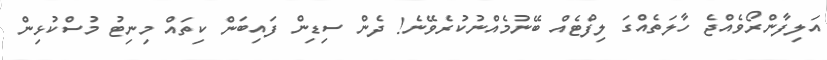
އަލިފާންރޯވެއްޖެ ހާލަތެއްގަ ލިފްޓެއް ބޭނުމެއްނުކުރެވޭނެ! ދެން ސިޑިން ފައިބަން ކިތައް މިނިޓު މުސްކުޅިން